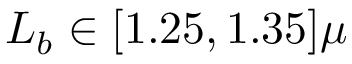
L _ { b } \in [ 1 . 2 5 , 1 . 3 5 ] \mu